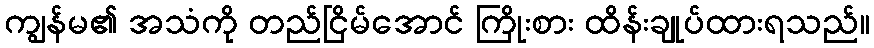
ကျွန်မ၏ အသံကို တည်ငြိမ်အောင် ကြိုးစား ထိန်းချုပ်ထားရသည်။